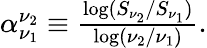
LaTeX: \begin{array}{r}{\alpha_{\nu_{1}}^{\nu_{2}}\equiv\frac{\log(S_{\nu_{2}}/S_{\nu_{1}})}{\log(\nu_{2}/\nu_{1})}.}\end{array}